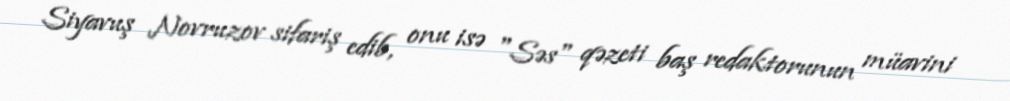
Siyavuş Novruzov sifariş edib, onu isə "Səs" qəzeti baş redaktorunun müavini